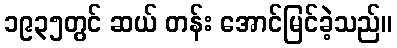
၁၉၃၅တွင် ဆယ် တန်း အောင်မြင်ခဲ့သည်။